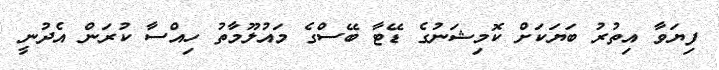
ފިޔަވާ އިތުރު ބަޔަކަށް ކޮމިޝަނުގެ ޑޭޓާ ބޭސްގެ މައުލޫމާތު ހިއްސާ ކުރަން އެދުނީ